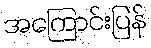
အကြောင်းပြန်